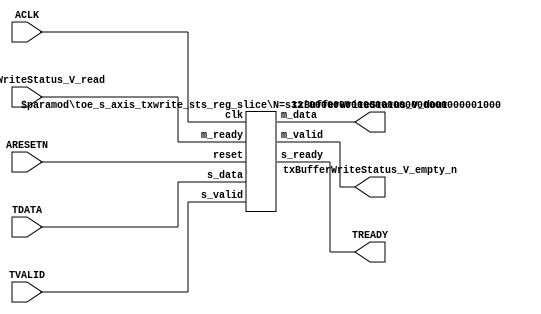
// ==============================================================
// File generated by Vivado(TM) HLS - High-Level Synthesis from C, C++ and SystemC
// Version: 2015.1
// Copyright (C) 2015 Xilinx Inc. All rights reserved.
// 
// ==============================================================


`timescale 1ns/1ps

module toe_s_axis_txwrite_sts_if (
    // AXI4-Stream singals
    input  wire       ACLK,
    input  wire       ARESETN,
    input  wire       TVALID,
    output wire       TREADY,
    input  wire [7:0] TDATA,
    // User signals
    output wire [7:0] txBufferWriteStatus_V_dout,
    output wire       txBufferWriteStatus_V_empty_n,
    input  wire       txBufferWriteStatus_V_read
);
//------------------------Local signal-------------------
// register slice
wire [0:0] s_valid;
wire [0:0] s_ready;
wire [7:0] s_data;
wire [0:0] m_valid;
wire [0:0] m_ready;
wire [7:0] m_data;

//------------------------Instantiation------------------
// rs
toe_s_axis_txwrite_sts_reg_slice #(
    .N       ( 8 )
) rs (
    .clk     ( ACLK ),
    .reset   ( ARESETN ),
    .s_data  ( s_data ),
    .s_valid ( s_valid ),
    .s_ready ( s_ready ),
    .m_data  ( m_data ),
    .m_valid ( m_valid ),
    .m_ready ( m_ready )
);

//------------------------Body---------------------------
// AXI4-Stream
assign TREADY                        = s_ready;
// Register Slice
assign s_valid                       = TVALID;
assign m_ready                       = txBufferWriteStatus_V_read;
assign s_data[7:0]                   = TDATA[7:0];
// User Signal
assign txBufferWriteStatus_V_empty_n = m_valid;
assign txBufferWriteStatus_V_dout    = m_data;

endmodule



`timescale 1ns/1ps

module toe_s_axis_txwrite_sts_reg_slice
#(parameter
    N = 8   // data width
) (
    // system signals
    input  wire         clk,
    input  wire         reset,
    // slave side
    input  wire [N-1:0] s_data,
    input  wire         s_valid,
    output wire         s_ready,
    // master side
    output wire [N-1:0] m_data,
    output wire         m_valid,
    input  wire         m_ready
);
//------------------------Parameter----------------------
// state
localparam [1:0]
    ZERO = 2'b10,
    ONE  = 2'b11,
    TWO  = 2'b01;
//------------------------Local signal-------------------
reg  [N-1:0] data_p1;
reg  [N-1:0] data_p2;
wire         load_p1;
wire         load_p2;
wire         load_p1_from_p2;
reg          s_ready_t;
reg  [1:0]   state;
reg  [1:0]   next;
//------------------------Body---------------------------
assign s_ready = s_ready_t;
assign m_data  = data_p1;
assign m_valid = state[0];

assign load_p1 = (state == ZERO && s_valid) ||
                 (state == ONE && s_valid && m_ready) ||
                 (state == TWO && m_ready);
assign load_p2 = s_valid & s_ready;
assign load_p1_from_p2 = (state == TWO);

// data_p1
always @(posedge clk) begin
    if (load_p1) begin
        if (load_p1_from_p2)
            data_p1 <= data_p2;
        else
            data_p1 <= s_data;
    end
end

// data_p2
always @(posedge clk) begin
    if (load_p2) data_p2 <= s_data;
end

// s_ready_t
always @(posedge clk) begin
    if (~reset)
        s_ready_t <= 1'b0;
    else if (state == ZERO)
        s_ready_t <= 1'b1;
    else if (state == ONE && next == TWO)
        s_ready_t <= 1'b0;
    else if (state == TWO && next == ONE)
        s_ready_t <= 1'b1;
end

// state
always @(posedge clk) begin
    if (~reset)
        state <= ZERO;
    else
        state <= next;
end

// next
always @(*) begin
    case (state)
        ZERO:
            if (s_valid & s_ready)
                next = ONE;
            else
                next = ZERO;
        ONE:
            if (~s_valid & m_ready)
                next = ZERO;
            else if (s_valid & ~m_ready)
                next = TWO;
            else
                next = ONE;
        TWO:
            if (m_ready)
                next = ONE;
            else
                next = TWO;
        default:
            next = ZERO;
    endcase
end

endmodule